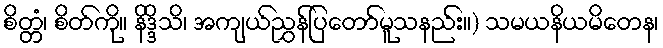
စိတ္တံ၊ စိတ်ကို။ နိဒ္ဒိသိ၊ အကျယ်ညွှန်ပြတော်မူသနည်း။) သမယနိယမိတေန၊